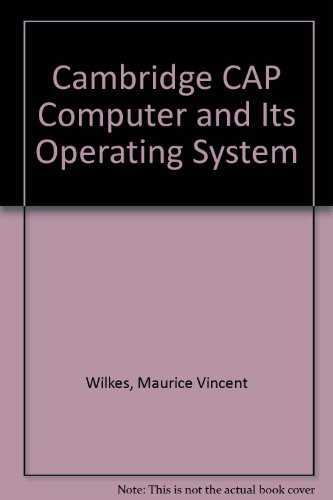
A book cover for Cambridge CAP Computer and Its Operating System (Operating and programming systems series); Maurice Vincent Wilkes; Computers & Technology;